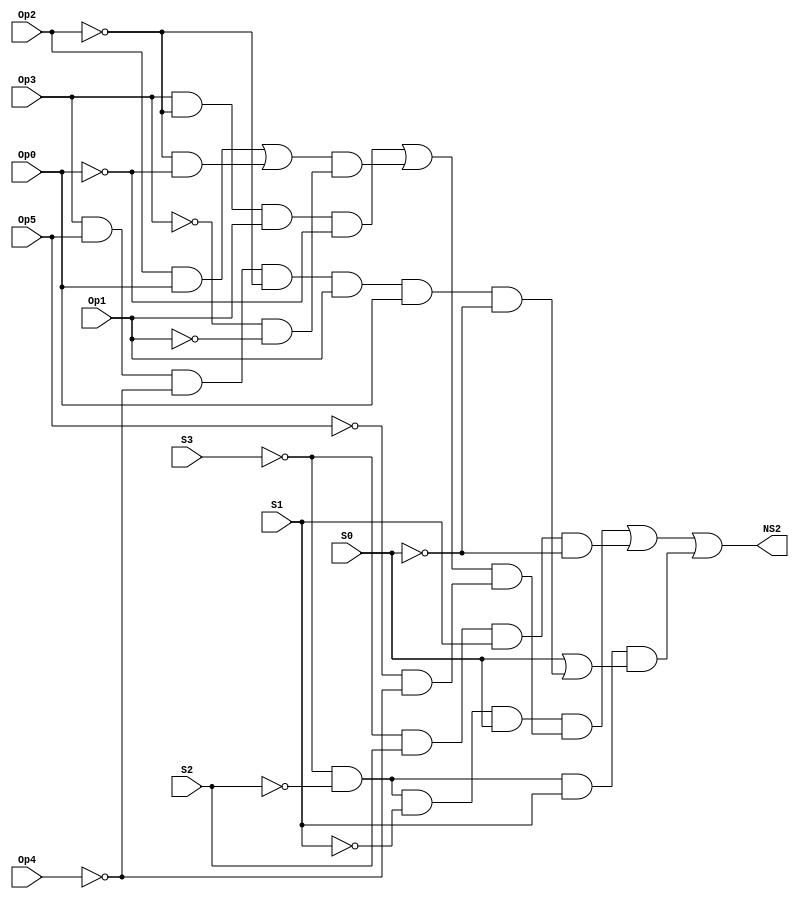
// This program was cloned from: https://github.com/FIUSCIS-CDA/CPU_MultiCycle
// License: MIT License

// Copyright (C) 2020  Intel Corporation. All rights reserved.
// Your use of Intel Corporation's design tools, logic functions 
// and other software and tools, and any partner logic 
// functions, and any output files from any of the foregoing 
// (including device programming or simulation files), and any 
// associated documentation or information are expressly subject 
// to the terms and conditions of the Intel Program License 
// Subscription Agreement, the Intel Quartus Prime License Agreement,
// the Intel FPGA IP License Agreement, or other applicable license
// agreement, including, without limitation, that your use is for
// the sole purpose of programming logic devices manufactured by
// Intel and sold by Intel or its authorized distributors.  Please
// refer to the applicable agreement for further details, at
// https://fpgasoftware.intel.com/eula.

// PROGRAM		"Quartus Prime"
// VERSION		"Version 20.1.1 Build 720 11/11/2020 SJ Lite Edition"
// CREATED		"Sun Aug 14 23:28:47 2022"

module NS2(
	Op5,
	Op4,
	Op3,
	Op2,
	Op1,
	Op0,
	S3,
	S2,
	S1,
	S0,
	NS2
);


input wire	Op5;
input wire	Op4;
input wire	Op3;
input wire	Op2;
input wire	Op1;
input wire	Op0;
input wire	S3;
input wire	S2;
input wire	S1;
input wire	S0;
output wire	NS2;

wire	SYNTHESIZED_WIRE_35;
wire	SYNTHESIZED_WIRE_36;
wire	SYNTHESIZED_WIRE_37;
wire	SYNTHESIZED_WIRE_38;
wire	SYNTHESIZED_WIRE_39;
wire	SYNTHESIZED_WIRE_6;
wire	SYNTHESIZED_WIRE_7;
wire	SYNTHESIZED_WIRE_8;
wire	SYNTHESIZED_WIRE_9;
wire	SYNTHESIZED_WIRE_11;
wire	SYNTHESIZED_WIRE_12;
wire	SYNTHESIZED_WIRE_13;
wire	SYNTHESIZED_WIRE_16;
wire	SYNTHESIZED_WIRE_40;
wire	SYNTHESIZED_WIRE_19;
wire	SYNTHESIZED_WIRE_20;
wire	SYNTHESIZED_WIRE_21;
wire	SYNTHESIZED_WIRE_22;
wire	SYNTHESIZED_WIRE_23;
wire	SYNTHESIZED_WIRE_24;
wire	SYNTHESIZED_WIRE_25;
wire	SYNTHESIZED_WIRE_27;
wire	SYNTHESIZED_WIRE_28;
wire	SYNTHESIZED_WIRE_29;
wire	SYNTHESIZED_WIRE_30;
wire	SYNTHESIZED_WIRE_31;
wire	SYNTHESIZED_WIRE_32;




assign	SYNTHESIZED_WIRE_25 =  ~Op5;

assign	SYNTHESIZED_WIRE_38 =  ~Op4;

assign	SYNTHESIZED_WIRE_12 = SYNTHESIZED_WIRE_35 & S2 & S1 & SYNTHESIZED_WIRE_36;

assign	SYNTHESIZED_WIRE_6 = SYNTHESIZED_WIRE_35 & SYNTHESIZED_WIRE_37 & S1;

assign	SYNTHESIZED_WIRE_9 = Op3 & Op5 & SYNTHESIZED_WIRE_38 & SYNTHESIZED_WIRE_39 & Op1 & Op0;

assign	SYNTHESIZED_WIRE_13 = SYNTHESIZED_WIRE_6 & SYNTHESIZED_WIRE_7;

assign	SYNTHESIZED_WIRE_7 = S0 | SYNTHESIZED_WIRE_8;

assign	SYNTHESIZED_WIRE_8 = SYNTHESIZED_WIRE_9 & SYNTHESIZED_WIRE_36;

assign	NS2 = SYNTHESIZED_WIRE_11 | SYNTHESIZED_WIRE_12 | SYNTHESIZED_WIRE_13;

assign	SYNTHESIZED_WIRE_23 = SYNTHESIZED_WIRE_35 & SYNTHESIZED_WIRE_37 & SYNTHESIZED_WIRE_16 & S0;

assign	SYNTHESIZED_WIRE_32 = SYNTHESIZED_WIRE_39 & SYNTHESIZED_WIRE_40;

assign	SYNTHESIZED_WIRE_31 = Op2 & Op0;

assign	SYNTHESIZED_WIRE_19 =  ~Op3;

assign	SYNTHESIZED_WIRE_22 = SYNTHESIZED_WIRE_19 & SYNTHESIZED_WIRE_20;

assign	SYNTHESIZED_WIRE_30 = SYNTHESIZED_WIRE_21 & SYNTHESIZED_WIRE_22;

assign	SYNTHESIZED_WIRE_11 = SYNTHESIZED_WIRE_23 & SYNTHESIZED_WIRE_24;

assign	SYNTHESIZED_WIRE_28 = SYNTHESIZED_WIRE_25 & SYNTHESIZED_WIRE_38;

assign	SYNTHESIZED_WIRE_24 = SYNTHESIZED_WIRE_27 & SYNTHESIZED_WIRE_28;

assign	SYNTHESIZED_WIRE_27 = SYNTHESIZED_WIRE_29 | SYNTHESIZED_WIRE_30;

assign	SYNTHESIZED_WIRE_39 =  ~Op2;

assign	SYNTHESIZED_WIRE_21 = SYNTHESIZED_WIRE_31 | SYNTHESIZED_WIRE_32;

assign	SYNTHESIZED_WIRE_29 = Op3 & SYNTHESIZED_WIRE_39 & Op1 & SYNTHESIZED_WIRE_40;

assign	SYNTHESIZED_WIRE_20 =  ~Op1;

assign	SYNTHESIZED_WIRE_40 =  ~Op0;

assign	SYNTHESIZED_WIRE_35 =  ~S3;

assign	SYNTHESIZED_WIRE_37 =  ~S2;

assign	SYNTHESIZED_WIRE_16 =  ~S1;

assign	SYNTHESIZED_WIRE_36 =  ~S0;


endmodule